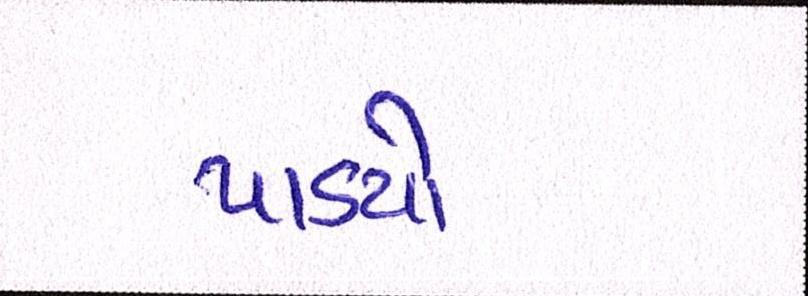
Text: પાડયો